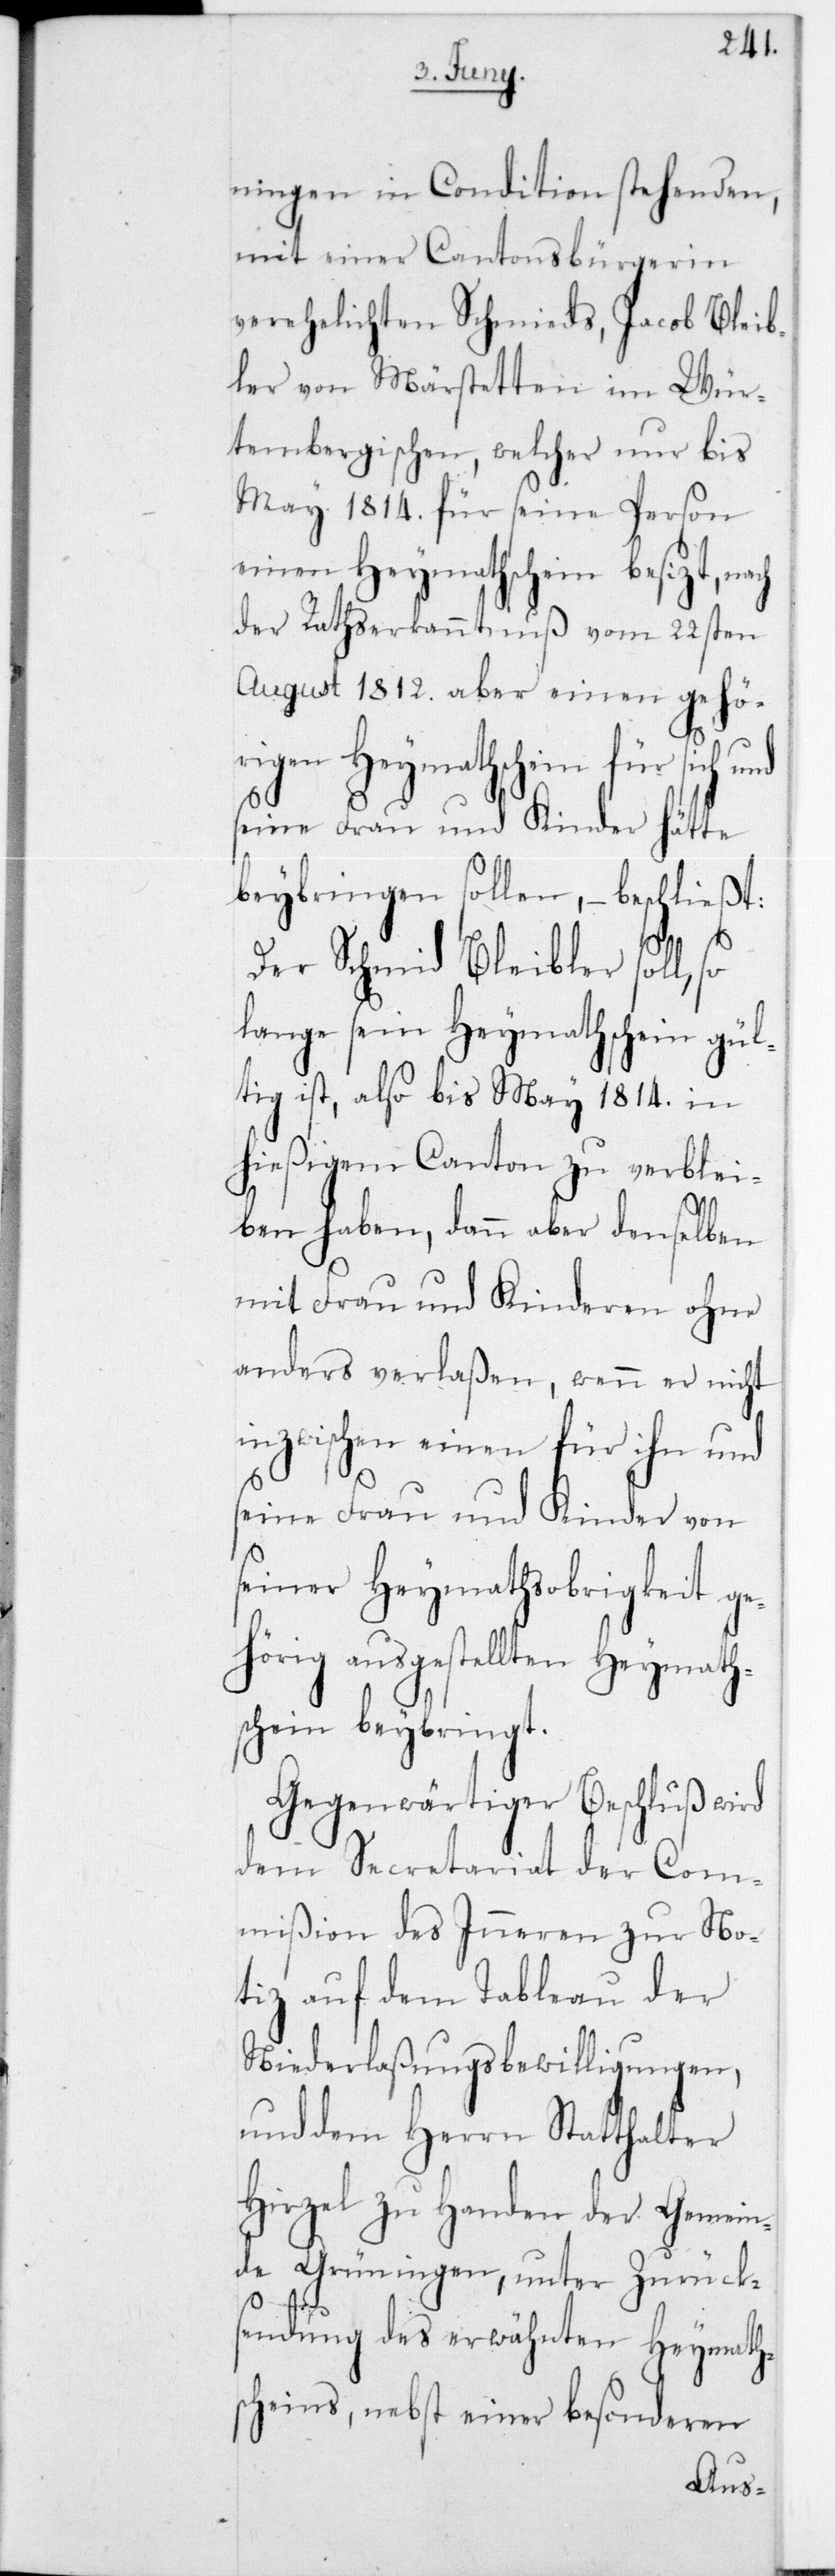
nigen in Condition stehenden,
mit einer Cantonsbürgerin
verehelichten Schmieds, Jacob Bleib¬
ler von Märstetten im Wür¬
tembergischen, welcher nur bis
May 1814 für seine Person
einen Heymathschein besizt, nach
der Rathserkanntnuß vom 22sten
August 1812 aber einen gehö¬
rigen Heymathschein für sich
seine Frau und Kinder hätte
beybringen sollen, – beschließt:
Der Schmied Bleibler soll,
lange sein Heymathschein gül¬
tig ist, also bis May 1814 in
hießigem Canton zu verblei¬
ben haben, dann aber denselben
mit Frau und Kinderen ohne
anders verlaßen, wenn er nicht
inzwischen einen für ihn und
seine Frau und Kinder von
seiner Heymathsobrigkeit ge¬
hörig ausgestellten Heymath¬
schein beybringt.
Gegenwärtiger Beschluß wird
dem Secretariat der Com¬
mißion des Inneren zur No¬
tiz auf dem Tableau der
Niederlaßungsbewilligungen,
und dem Herrn Statthalter
Hirzel zu Handen der Gemein¬
de Grüningen, unter Zurück¬
sendung des erwähnten Heymath¬
scheins, nebst einer besonderen